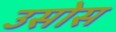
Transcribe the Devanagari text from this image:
उसोस